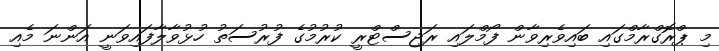
މި ޕްރޮގްރާމްގައި ބައިވެރިވާން ފޯމްލައި ރަޖިސްޓްރީ ކުރުމުގެ ފުރުސަތު ހުޅުވާލާފައިވަނީ އަންނަ މެއި